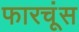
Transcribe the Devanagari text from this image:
फारचूंस